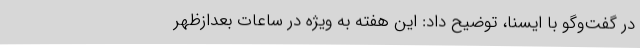
در گفت‌وگو با ایسنا، توضیح داد: این هفته به ویژه در ساعات بعدازظهر